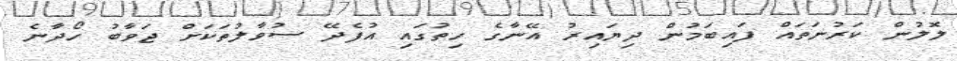
ލޮލުން ކަރުނަތައް ފައިބަމުން ދިޔައިރު އޭނާގެ ހިތުގައި އުފެދޭ ސުވާލުތަކަށް ޖަވާބު ހޯދާނެ